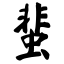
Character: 蜚